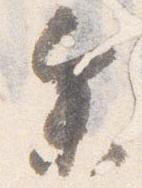
参